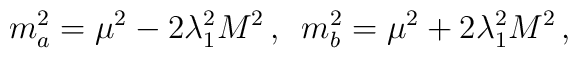
m_{a}^2 =\mu^2 -2\lambda_1^2 M^2\, , \,\,\, m_{b}^2 =\mu^2 +2\lambda_1^2 M^2\, ,